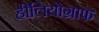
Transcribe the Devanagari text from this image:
हीलियोग्राफ